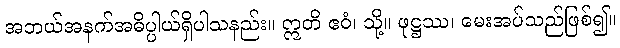
အဘယ်အနက်အဓိပ္ပါယ်ရှိပါသနည်း။ ဣတိ ဧဝံ၊ သို့။ ဖုဋ္ဌဿ၊ မေးအပ်သည်ဖြစ်၍။